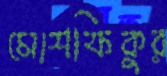
মোশফিকুর